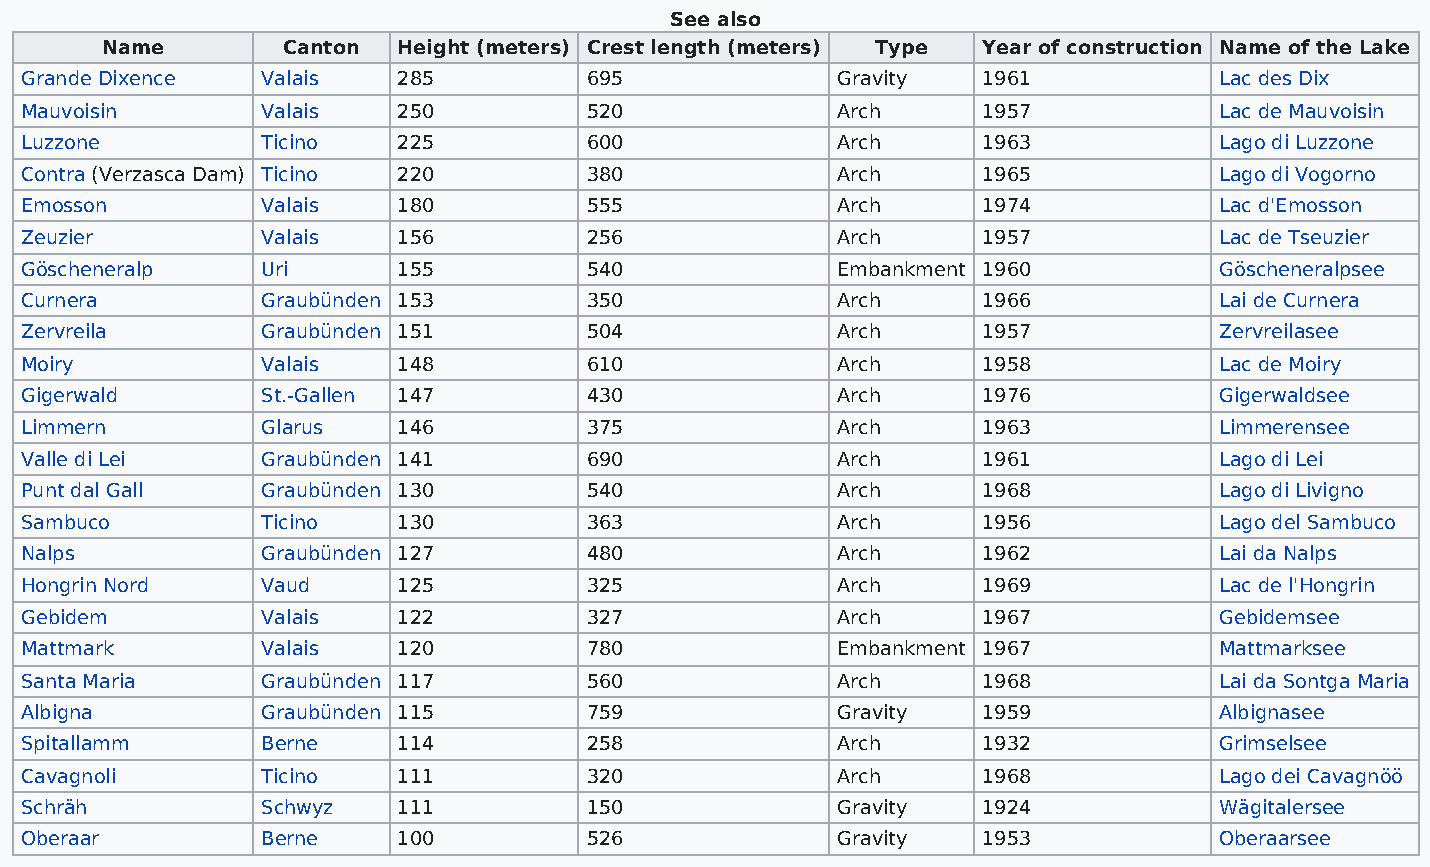
See also
 Name        Canton Height (meters) Crest length (meters) Type Year of construction Name of the Lake
 Grande Dixence  Valais   285          695             Gravity   1961            Lac des Dix
 Mauvoisin       Valais   250          520             Arch      1957            Lac de Mauvoisin
 Luzzone         Ticino   225          600             Arch      1963            Lago di Luzzone
 Contra (Verzasca Dam) Ticino 220      380             Arch      1965            Lago di Vogorno
 Emosson         Valais   180          555             Arch      1974            Lac d'Emosson
 Zeuzier         Valais   156          256             Arch      1957            Lac de Tseuzier
 Göscheneralp    Uri      155          540             Embankment 1960           Göscheneralpsee
 Curnera         Graubünden 153        350             Arch      1966            Lai de Curnera
 Zervreila       Graubünden 151        504             Arch      1957            Zervreilasee
 Moiry           Valais   148          610             Arch      1958            Lac de Moiry
 Gigerwald       St.-Gallen 147        430             Arch      1976            Gigerwaldsee
 Limmern         Glarus   146          375             Arch      1963            Limmerensee
 Valle di Lei    Graubünden 141        690             Arch      1961            Lago di Lei
 Punt dal Gall   Graubünden 130        540             Arch      1968            Lago di Livigno
 Sambuco         Ticino   130          363             Arch      1956            Lago del Sambuco
 Nalps           Graubünden 127        480             Arch      1962            Lai da Nalps
 Hongrin Nord    Vaud     125          325             Arch      1969            Lac de l'Hongrin
 Gebidem         Valais   122          327             Arch      1967            Gebidemsee
 Mattmark        Valais   120          780             Embankment 1967           Mattmarksee
 Santa Maria     Graubünden 117        560             Arch      1968            Lai da Sontga Maria
 Albigna         Graubünden 115        759             Gravity   1959            Albignasee
 Spitallamm      Berne    114          258             Arch      1932            Grimselsee
 Cavagnoli       Ticino   111          320             Arch      1968            Lago dei Cavagnöö
 Schräh          Schwyz   111          150             Gravity   1924            Wägitalersee
 Oberaar         Berne    100          526             Gravity   1953            Oberaarsee